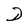
Character: D